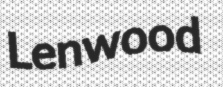
Lenwood